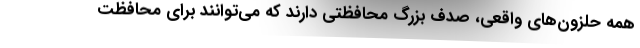
همه حلزون‌های واقعی، صدف بزرگ محافظتی دارند که می‌توانند برای محافظت